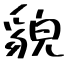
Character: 貌